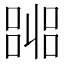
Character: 嘂